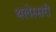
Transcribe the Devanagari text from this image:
थलेस्सरी